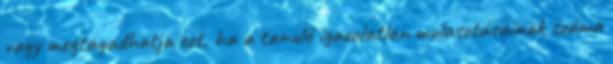
vagy megtagadhatja ezt, ha a tanuló igazolatlan mulasztásainak száma